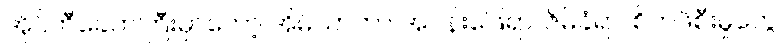
အိုင်တီခေတ်ကြီးမှာတော့ အိမ်သာဟာ အပန်းဖြေရာ၊ ဇိမ်ခံရာ၊ စိတ်ဖိစီးမှုတွေ